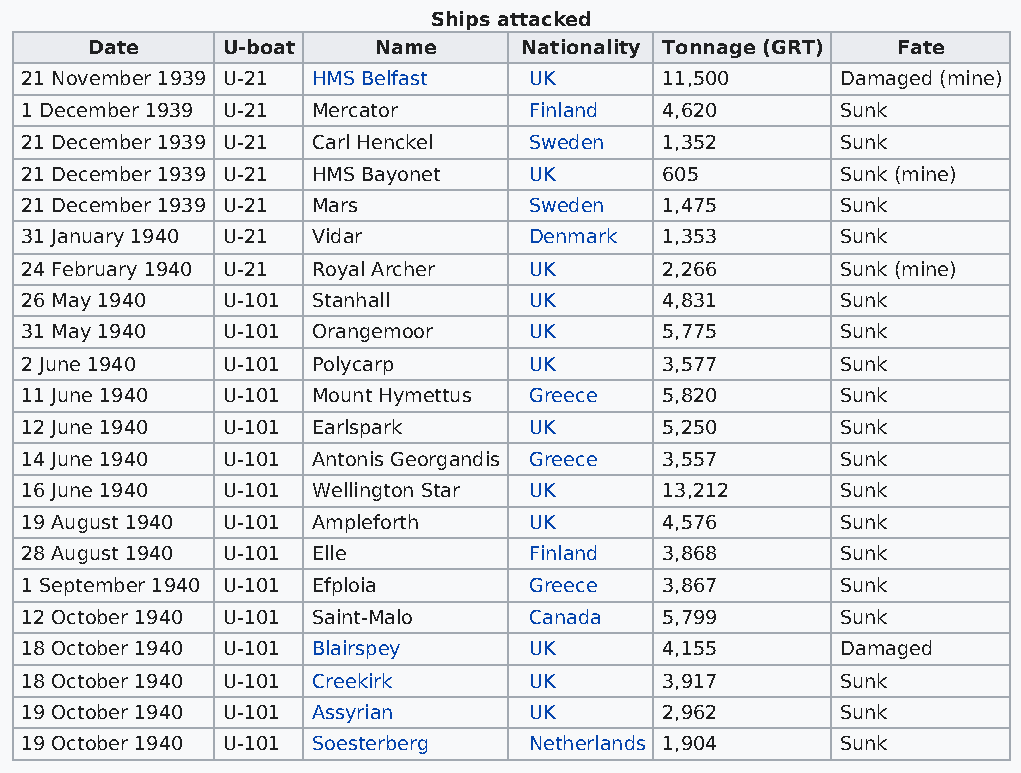
Ships attacked
 Date     U-boat    Name      Nationality Tonnage (GRT) Fate
 21 November 1939 U-21 HMS Belfast UK       11,500      Damaged (mine)
 1 December 1939 U-21 Mercator     Finland  4,620       Sunk
 21 December 1939 U-21 Carl Henckel Sweden  1,352       Sunk
 21 December 1939 U-21 HMS Bayonet UK       605         Sunk (mine)
 21 December 1939 U-21 Mars        Sweden   1,475       Sunk
 31 January 1940 U-21 Vidar        Denmark  1,353       Sunk
 24 February 1940 U-21 Royal Archer UK      2,266       Sunk (mine)
 26 May 1940   U-101 Stanhall      UK       4,831       Sunk
 31 May 1940   U-101 Orangemoor    UK       5,775       Sunk
 2 June 1940   U-101 Polycarp      UK       3,577       Sunk
 11 June 1940  U-101 Mount Hymettus Greece  5,820       Sunk
 12 June 1940  U-101 Earlspark     UK       5,250       Sunk
 14 June 1940  U-101 Antonis Georgandis Greece 3,557    Sunk
 16 June 1940  U-101 Wellington Star UK     13,212      Sunk
 19 August 1940 U-101 Ampleforth   UK       4,576       Sunk
 28 August 1940 U-101 Elle         Finland  3,868       Sunk
 1 September 1940 U-101 Efploia    Greece   3,867       Sunk
 12 October 1940 U-101 Saint-Malo  Canada   5,799       Sunk
 18 October 1940 U-101 Blairspey   UK       4,155       Damaged
 18 October 1940 U-101 Creekirk    UK       3,917       Sunk
 19 October 1940 U-101 Assyrian    UK       2,962       Sunk
 19 October 1940 U-101 Soesterberg Netherlands 1,904    Sunk